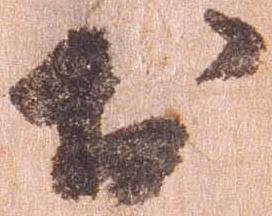
於